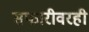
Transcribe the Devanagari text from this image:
सफारीवरही